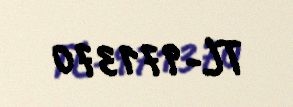
TL-971370